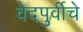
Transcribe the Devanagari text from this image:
वेदपुर्वीचे